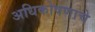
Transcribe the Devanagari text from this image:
अधिकोषणाचे